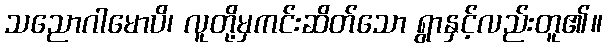
သညောဂါမောပိ၊ လူတို့မှကင်းဆိတ်သော ရွာနှင့်လည်းတူ၏။